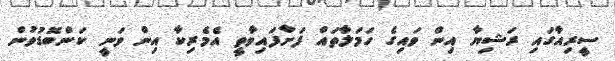
ސީރިއާގައި ރަޝިޔާ އިން ވައިގެ ހަަމަލާތައް ފަށާފައިވާތީ އެެމެރިކާ އިން ވަނީ ކަންބޮޑުވުން